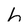
Character: h